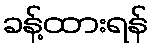
ခန့်ထားရန်